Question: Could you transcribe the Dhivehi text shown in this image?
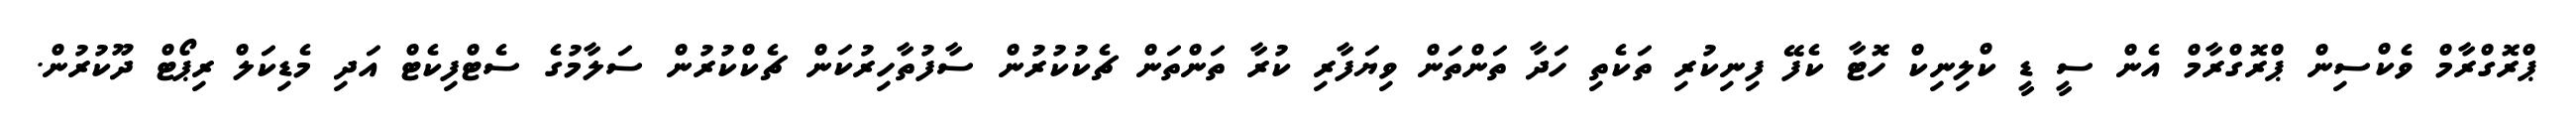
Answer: ޕްރޮގްރާމް ވެކްސިން ޕްރޮގްރާމް އެން ސީ ޑީ ކްލިނިކް ހޮޓާ ކެފޭ ފިނިކުރި ތަކެތި ހަދާ ތަންތަން ވިޔަފާރި ކުރާ ތަންތަން ޗެކުކުރުން ސާފުތާހިރުކަން ޗެކްކުރުން ސަލާމުގެ ސެޓްފިކެޓް އަދި މެޑިކަލް ރިޕޯޓް ދޫކުރުން.